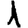
Digit: 1